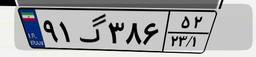
۹۱گ۳۸۶۵۲